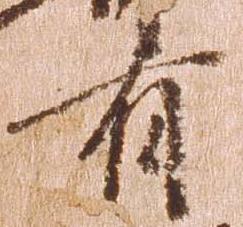
有